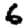
Digit: 6